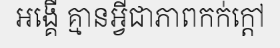
អង្គើ គ្មានអ្វីជាភាពកក់ក្តៅ